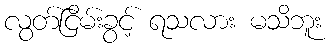
လွတ်ငြိမ်းခွင့် ရသလား မသိဘူး